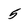
Character: 5